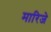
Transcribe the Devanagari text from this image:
मारिजे